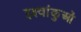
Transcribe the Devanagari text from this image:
इक्ष्वांकुओं